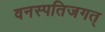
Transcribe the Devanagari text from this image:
वनस्पतिजगत्